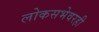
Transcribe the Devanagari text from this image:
लोकसभेवरही